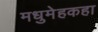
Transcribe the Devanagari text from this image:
मधुमेहकहा